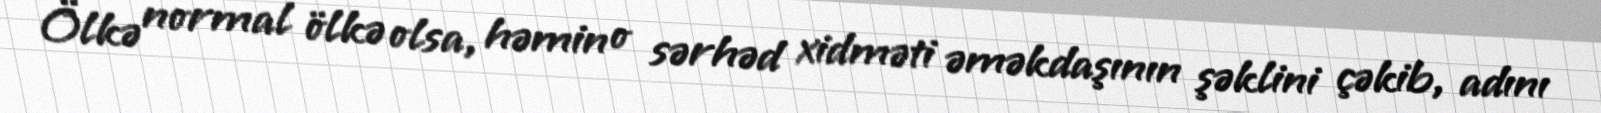
Ölkə normal ölkə olsa, həmin o sərhəd xidməti əməkdaşının şəklini çəkib, adını